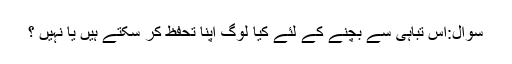
سوال:اس تباہی سے بچنے کے لئے کیا لوگ اپنا تحفظ کر سکتے ہیں یا نہیں ؟